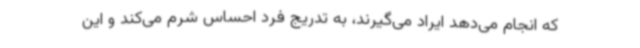
که انجام می‌دهد ایراد می‌گیرند، به تدریج فرد احساس شرم می‌کند و این